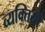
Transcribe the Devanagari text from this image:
व्‍यक्‍ितयों